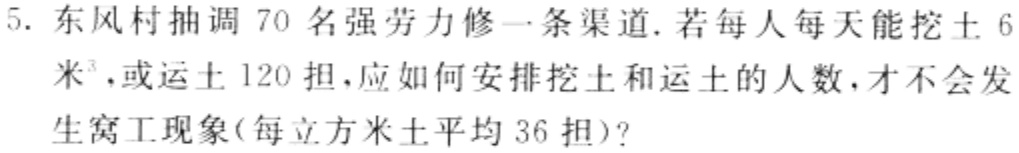
5. 东风村抽调 70 名强劳力修一条渠道. 若每人每天能挖土 6 米³，或运土 120 担，应如何安排挖土和运土的人数，才不会发生窝工现象(每立方米土平均 36 担)?